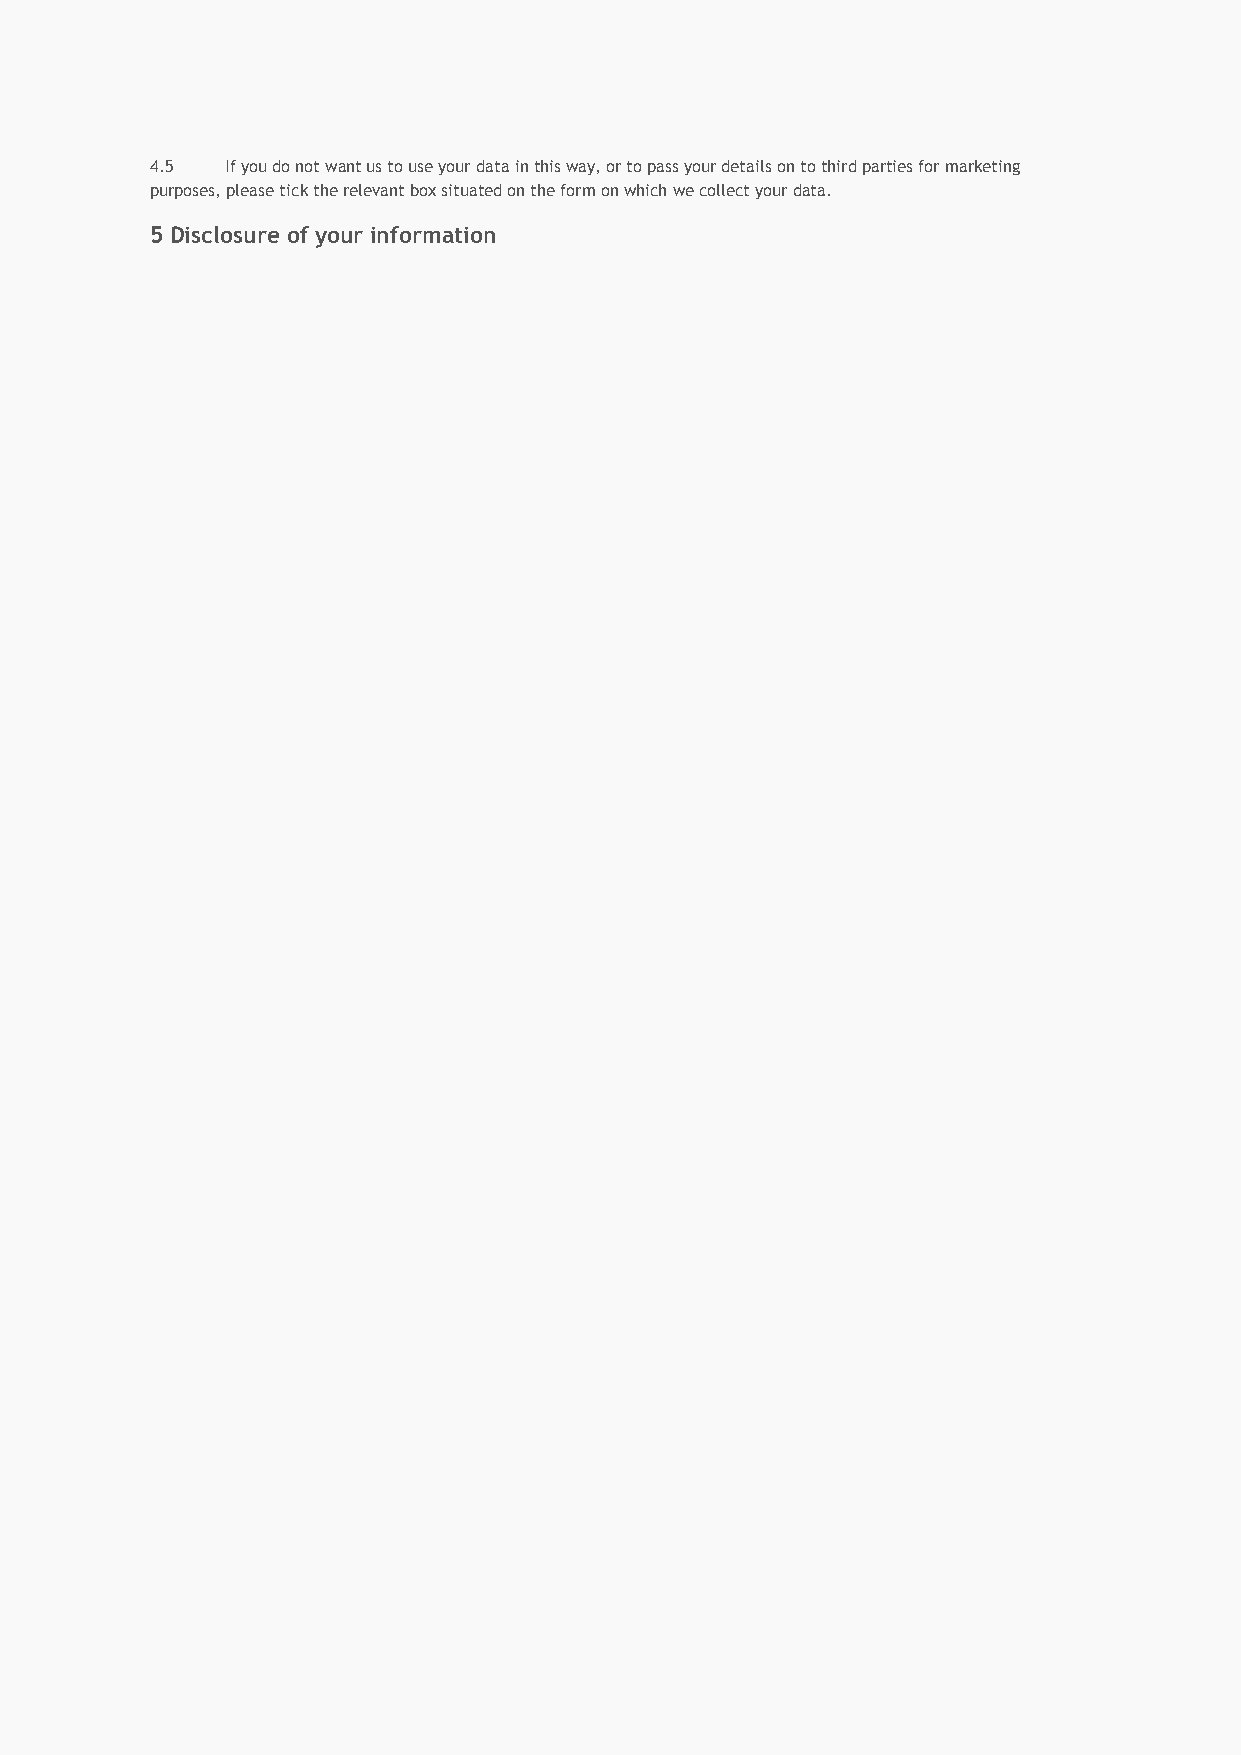
4.5  If you do not want us to use your data in this way, or to pass your details on to third parties for marketing
 purposes, please tick the relevant box situated on the form on which we collect your data.
 5 Disclosure of your information